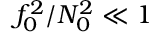
f _ { 0 } ^ { 2 } / N _ { 0 } ^ { 2 } \ll 1